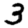
Digit: 3